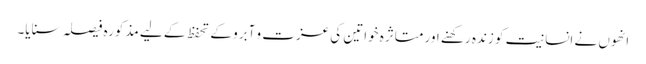
انھوں نے انسانیت کو زندہ رکھنے اور متاثرہ خواتین کی عزت و آبرو کے تحفظ کے لیے مذکورہ فیصلہ سنایا۔